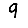
Digit: 9